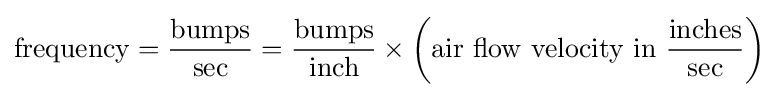
{\text{frequency}}={\frac {\text{bumps}}{\text{sec}}}={\frac {\text{bumps}}{\text{inch}}}\times \left({\text{air flow velocity in }}{\frac {\text{inches}}{\text{sec}}}\right)